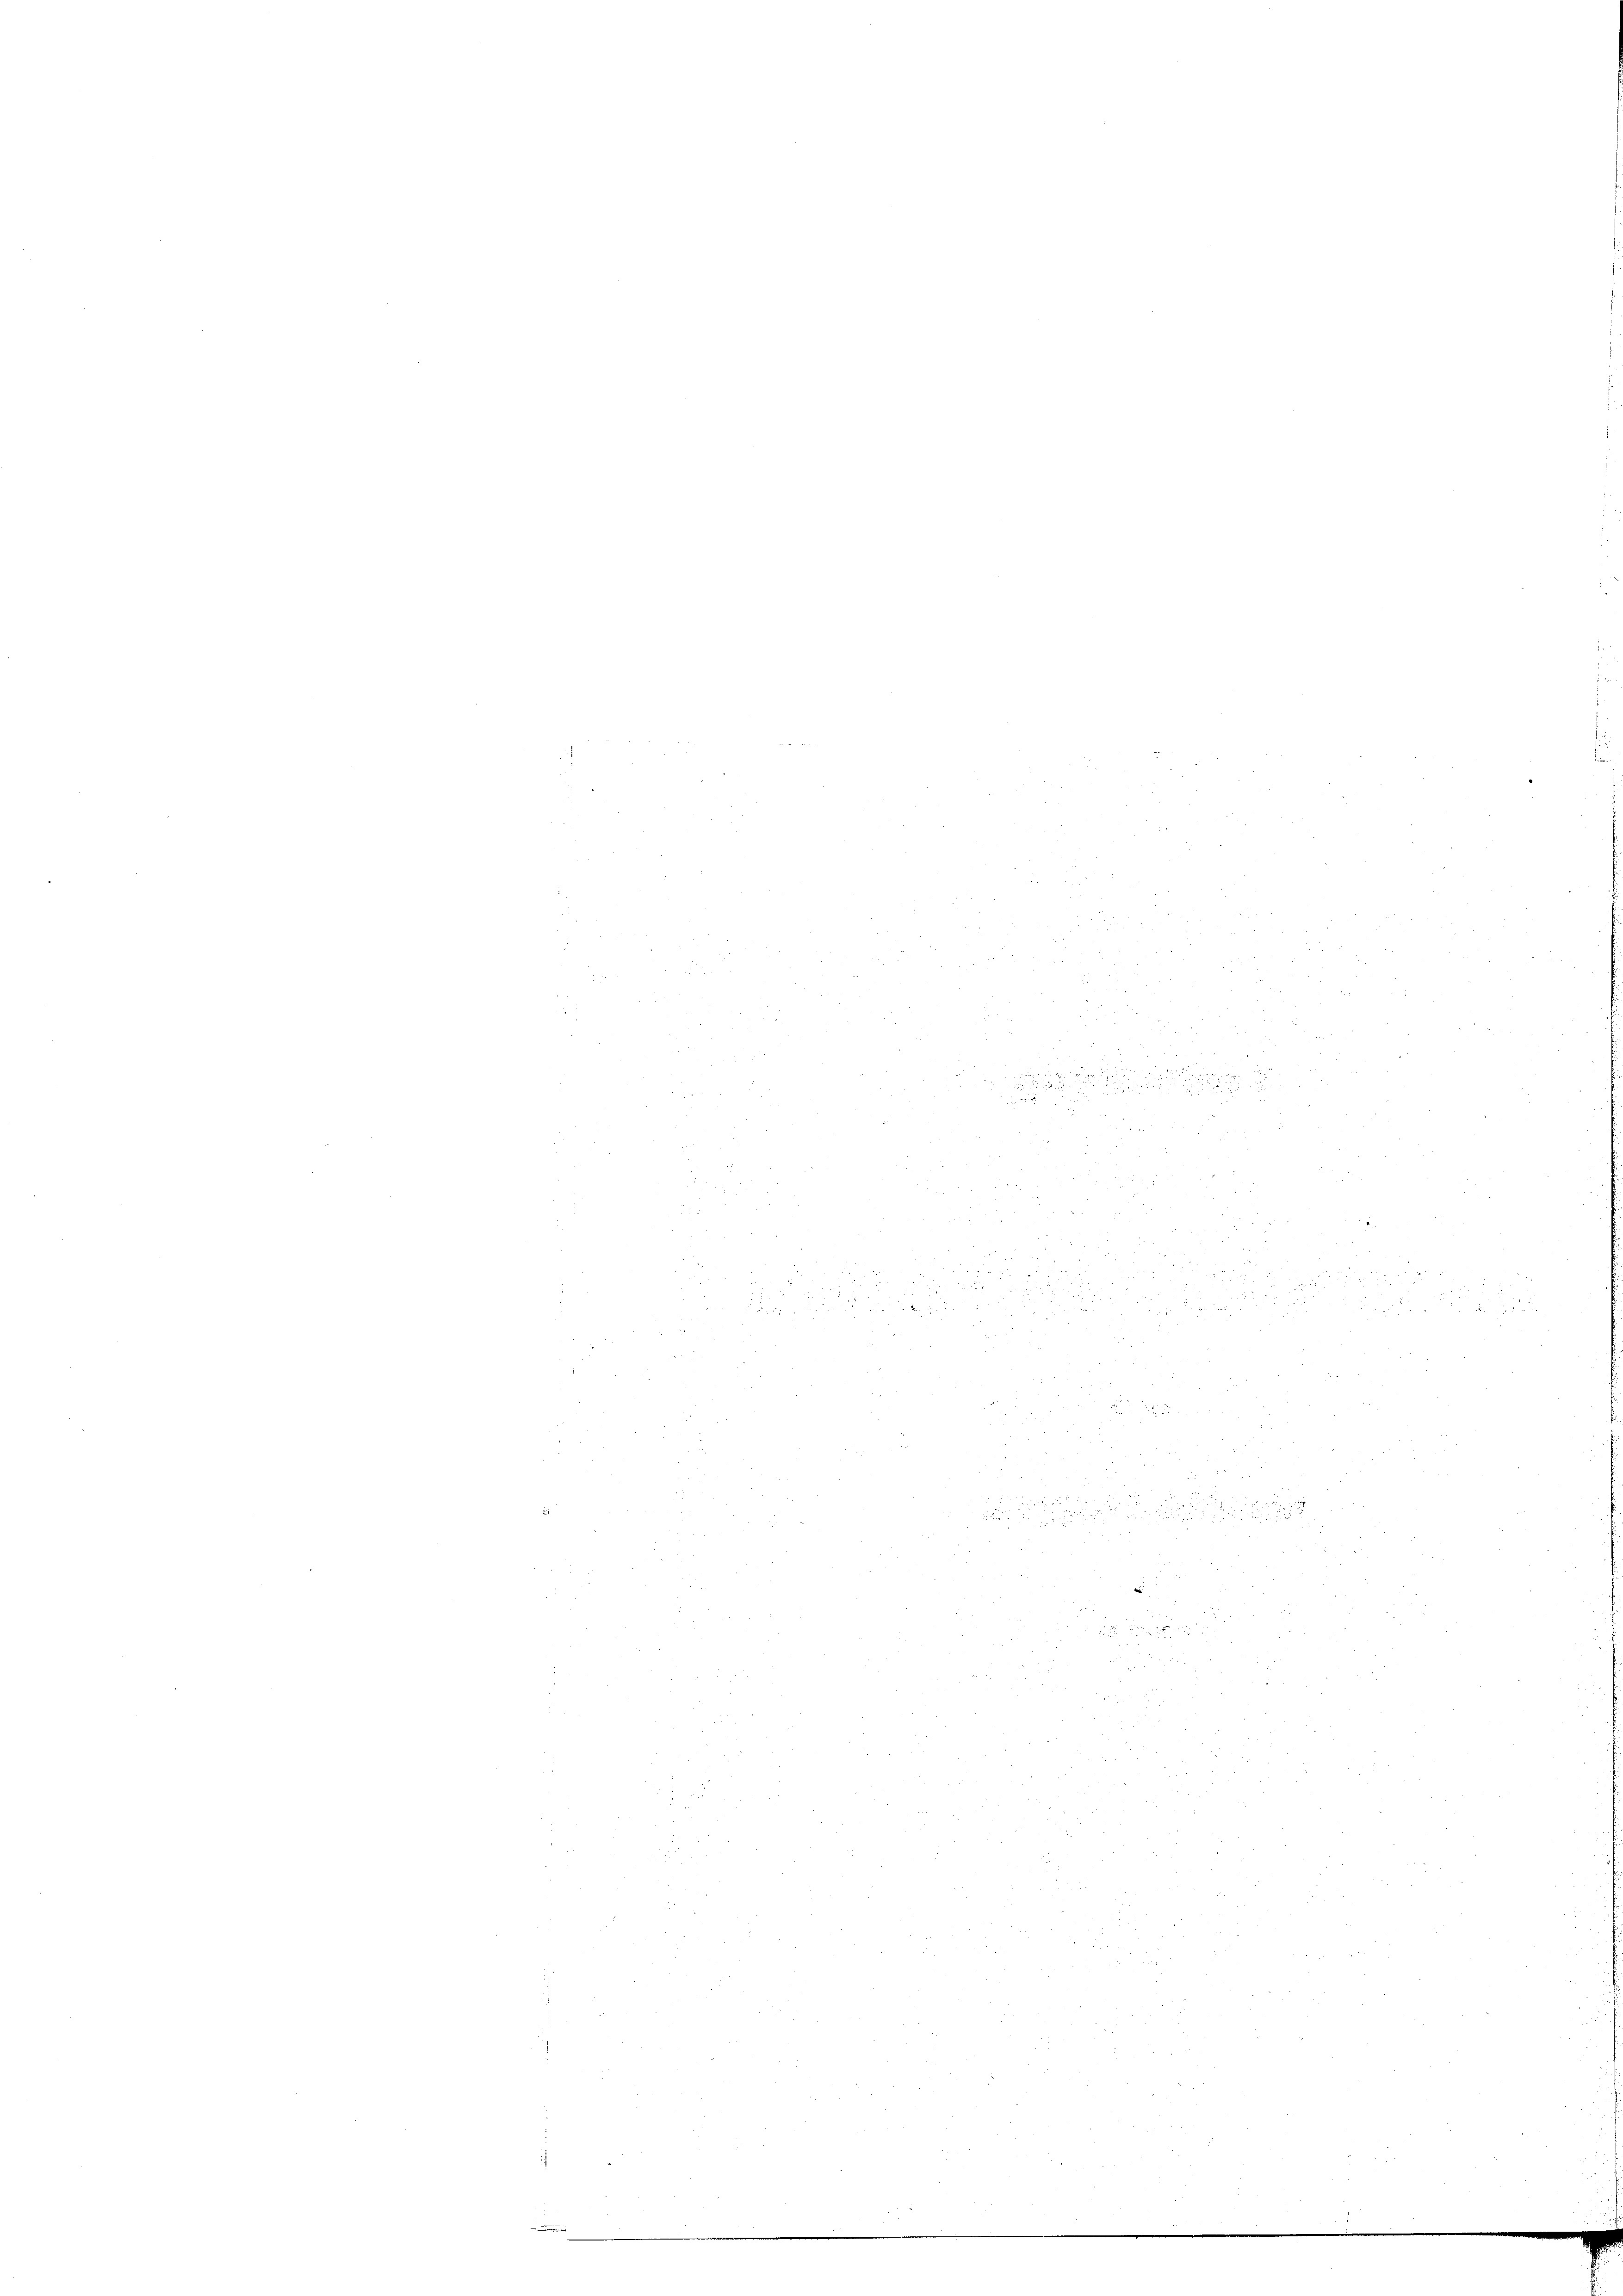
1
2

d
u

u
55
u

n
2
2
d
 x
252
e

u

3
de der ge

 23
x

 xx
F
2

5

.
i
22

r
ten
i

7.

2

.
2
d.
n